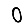
Digit: 0